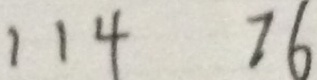
1 1 4 7 6